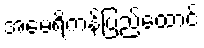
အမေရိကန်ပြည်ထောင်